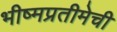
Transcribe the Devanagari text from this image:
भीष्मप्रतीमेची